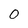
Character: 0